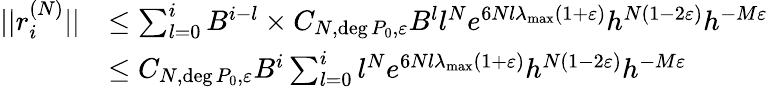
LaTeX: \begin{array}{rl}{||r_{i}^{(N)}||}&{\leq\sum_{l=0}^{i}B^{i-l}\times C_{N,\deg P_{0},\varepsilon}B^{l}l^{N}e^{6Nl\lambda_{\operatorname*{max}}(1+\varepsilon)}h^{N(1-2\varepsilon)}h^{-M\varepsilon}}\\ &{\leq C_{N,\deg P_{0},\varepsilon}B^{i}\sum_{l=0}^{i}l^{N}e^{6Nl\lambda_{\operatorname*{max}}(1+\varepsilon)}h^{N(1-2\varepsilon)}h^{-M\varepsilon}}\end{array}